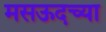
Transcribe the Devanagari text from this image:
मसऊदच्या